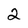
Character: 2